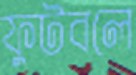
ফুটবলে